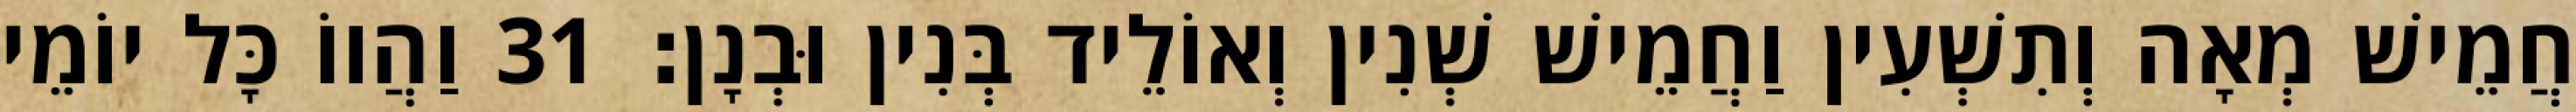
חֲמֵישׁ מְאָה וְתִשְׁעִין וַחֲמֵישׁ שְׁנִין וְאוֹלֵיד בְּנִין וּבְנָן׃ 31 וַהֲווֹ כָּל יוֹמֵי